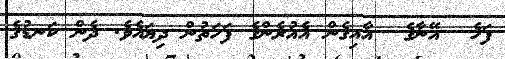
ފަހެ  އޭނާގެ  އާއިގެން އެއުރެންގެ ފަހަތުން ދިޔައެވެ. ދެން ކަނޑުގެ